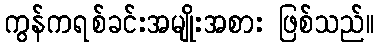
ကွန်ကရစ်ခင်းအမျိုးအစား ဖြစ်သည်။